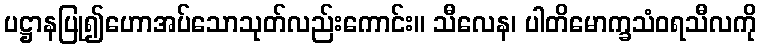
ပဋ္ဌာနပြု၍ဟောအပ်သောသုတ်လည်းကောင်း။ သီလေန၊ ပါတိမောက္ခသံဝရသီလကို